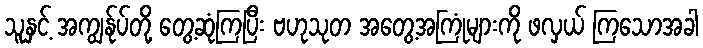
သူနှင့် အကျွန်ုပ်တို့ တွေ့ဆုံကြပြီး ဗဟုသုတ အတွေ့အကြုံများကို ဖလှယ် ကြသောအခါ